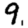
Digit: 9